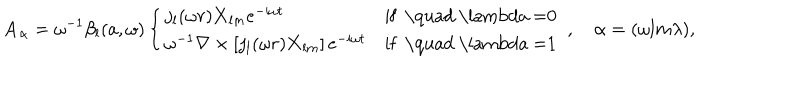
{ \mathbf { A } } _ { \alpha } = \omega ^ { - 1 } \beta _ { l } ( a , \omega ) \left\{ \begin{array} { l l } { { j _ { l } ( \omega r ) { \mathbf { X } } _ { l m } e ^ { - i \omega t } } } & { { \textrm { i f \quad \lambda = 0 } } } \\ { { \omega ^ { - 1 } \nabla \times \left[ j _ { l } ( \omega r ) { \mathbf { X } } _ { l m } \right] e ^ { - i \omega t } } } & { { { \textrm { i f \quad \lambda = 1 } } } } \\ \end{array} \right. , \quad \alpha = ( { \omega l m \lambda } ) ,